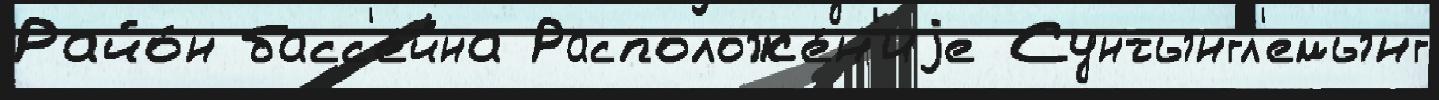
Райо́н басс'е́йна Расположе́н'иjе Сунтынгл'емынг